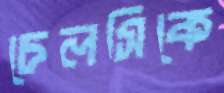
চেলসিকে